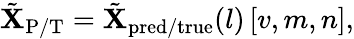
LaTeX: \begin{array}{r}{\tilde{\mathbf{X}}_{\mathrm{P/T}}=\tilde{\mathbf{X}}_{\mathrm{pred/true}}(l)\left[v,m,n\right],}\end{array}